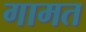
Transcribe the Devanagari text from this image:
गामत